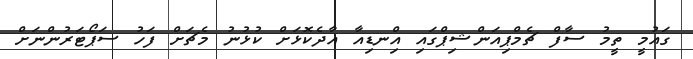
ގައުމީ ތީމު ސާފް ޗެމްޕިއަންޝިޕްގައި އިްނޑިއާ އާދެކޮޅަށް ކުޅުނު މެޗަށް ފަހު ސަޕޯޓަރުންނަށް